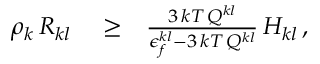
\begin{array} { r l r } { \rho _ { k } \, R _ { k l } } & { { } \ge } & { \frac { 3 \, k T \, Q ^ { k l } } { \epsilon _ { f } ^ { k l } - 3 \, k T \, Q ^ { k l } } \, H _ { k l } \, , } \end{array}